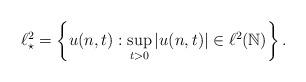
LaTeX: \begin{align*}\ell_{\star}^{2} = \left\{u(n,t) : \sup_{t>0}|u(n,t)|\in \ell^2(\mathbb{N})\right\}.\end{align*}